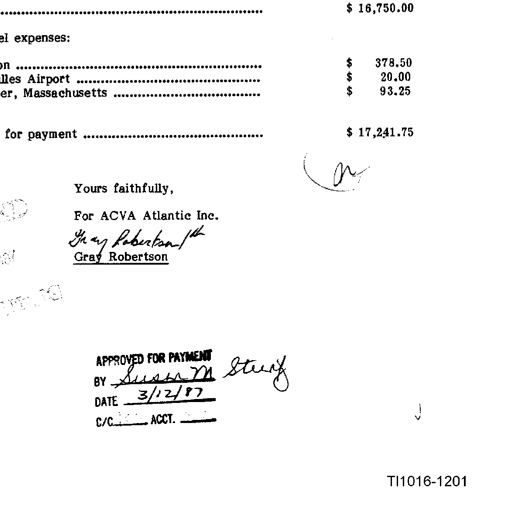
....................................................................................................................... $ 16,750.00

expenses:

on ....................................................................................................................... $ 378.50
lles Airport ................................................................................................. $ 20.00
er, Massachusetts ...................................................................................... $ 93.25

for payment .................................................................................................... $ 17,241.75

a

Yours faithfully,

For ACVA Atlantic Inc.
Gray Robertson
Gray Robertson

APPROVED FOR PAYMENT
BY Susan M Stunf
DATE 3/12/87
C/C --- ACCT. ---

J

TI1016-1201